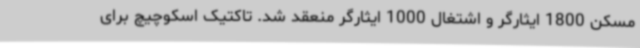
مسکن 1800 ایثارگر و اشتغال 1000 ایثارگر منعقد شد. تاکتیک اسکوچیچ برای